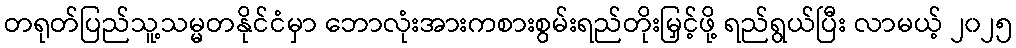
တရုတ်ပြည်သူ့သမ္မတနိုင်ငံမှာ ဘောလုံးအားကစားစွမ်းရည်တိုးမြှင့်ဖို့ ရည်ရွယ်ပြီး လာမယ့် ၂၀၂၅